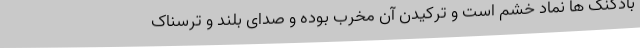
بادکنک ها نماد خشم است و ترکیدن آن مخرب بوده و صدای بلند و ترسناک